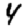
Digit: 4